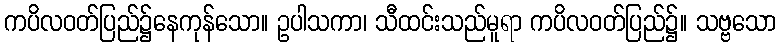
ကပိလဝတ်ပြည်၌နေကုန်သော။ ဥပါသကာ၊ သီထင်းသည်မူရာ ကပိလဝတ်ပြည်၌။ သဗ္ဗသော